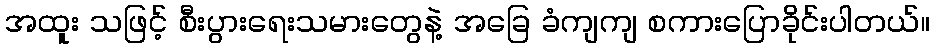
အထူး သဖြင့် စီးပွားရေးသမားတွေနဲ့ အခြေ ခံကျကျ စကားပြောခိုင်းပါတယ်။